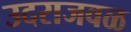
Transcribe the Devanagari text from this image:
उदराजवळ